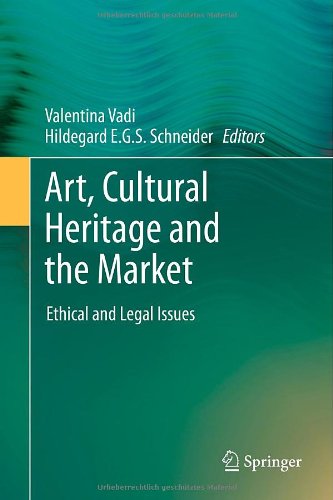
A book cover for Art, Cultural Heritage and the Market: Ethical and Legal Issues; Law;